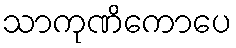
သာကုဏိကောပေ